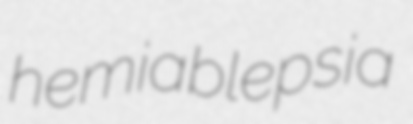
hemiablepsia